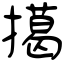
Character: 擖